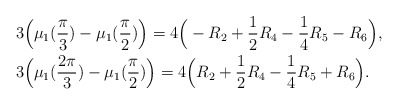
\begin{align*}&3\Big(\mu_{1}(\frac{\pi}{3})-\mu_{1}(\frac{\pi}{2})\Big)=4\Big(-R_{2}+\frac{1}{2}R_{4}-\frac{1}{4}R_{5}-R_{6}\Big),\\&3\Big(\mu_{1}(\frac{2\pi}{3})-\mu_{1}(\frac{\pi}{2})\Big)=4\Big(R_{2}+\frac{1}{2}R_{4}-\frac{1}{4}R_{5}+R_{6}\Big).\end{align*}